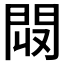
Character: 𨳟